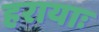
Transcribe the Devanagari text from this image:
हरायाः